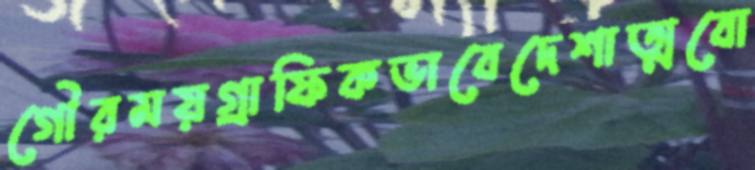
গৌরময়গ্রাফিকভাবেদেশাত্মবো